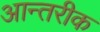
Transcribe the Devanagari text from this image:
आन्तरीक